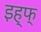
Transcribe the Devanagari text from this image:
इह्फ्